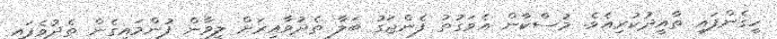
ހީގެންފައި ތާއީދުކުރިއެވެ. މުސްކާން އެވަގުތު ފެންޖަގު ބަލާ ތެދުވާއިރަށް ލީވާން ފުންމައިގެން ތެދުވެފައި